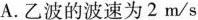
A.乙波的波速为2m/s